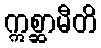
ဣစ္ဆာမီတိ